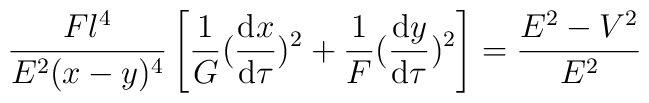
\frac{F l^4}{E^2(x - y)^4}\left[         \frac{1}{G}( \frac{{\rm d}x}{{\rm d}\tau})^2       +\frac{1}{F}( \frac{{\rm d}y}{{\rm d}\tau})^2\right]    = \frac{E^2 - V^2}{E^2}